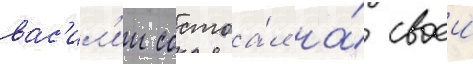
вас'ил'ии состоа́л на́ своеи